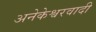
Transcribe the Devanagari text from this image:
अनेकेश्वरवादी